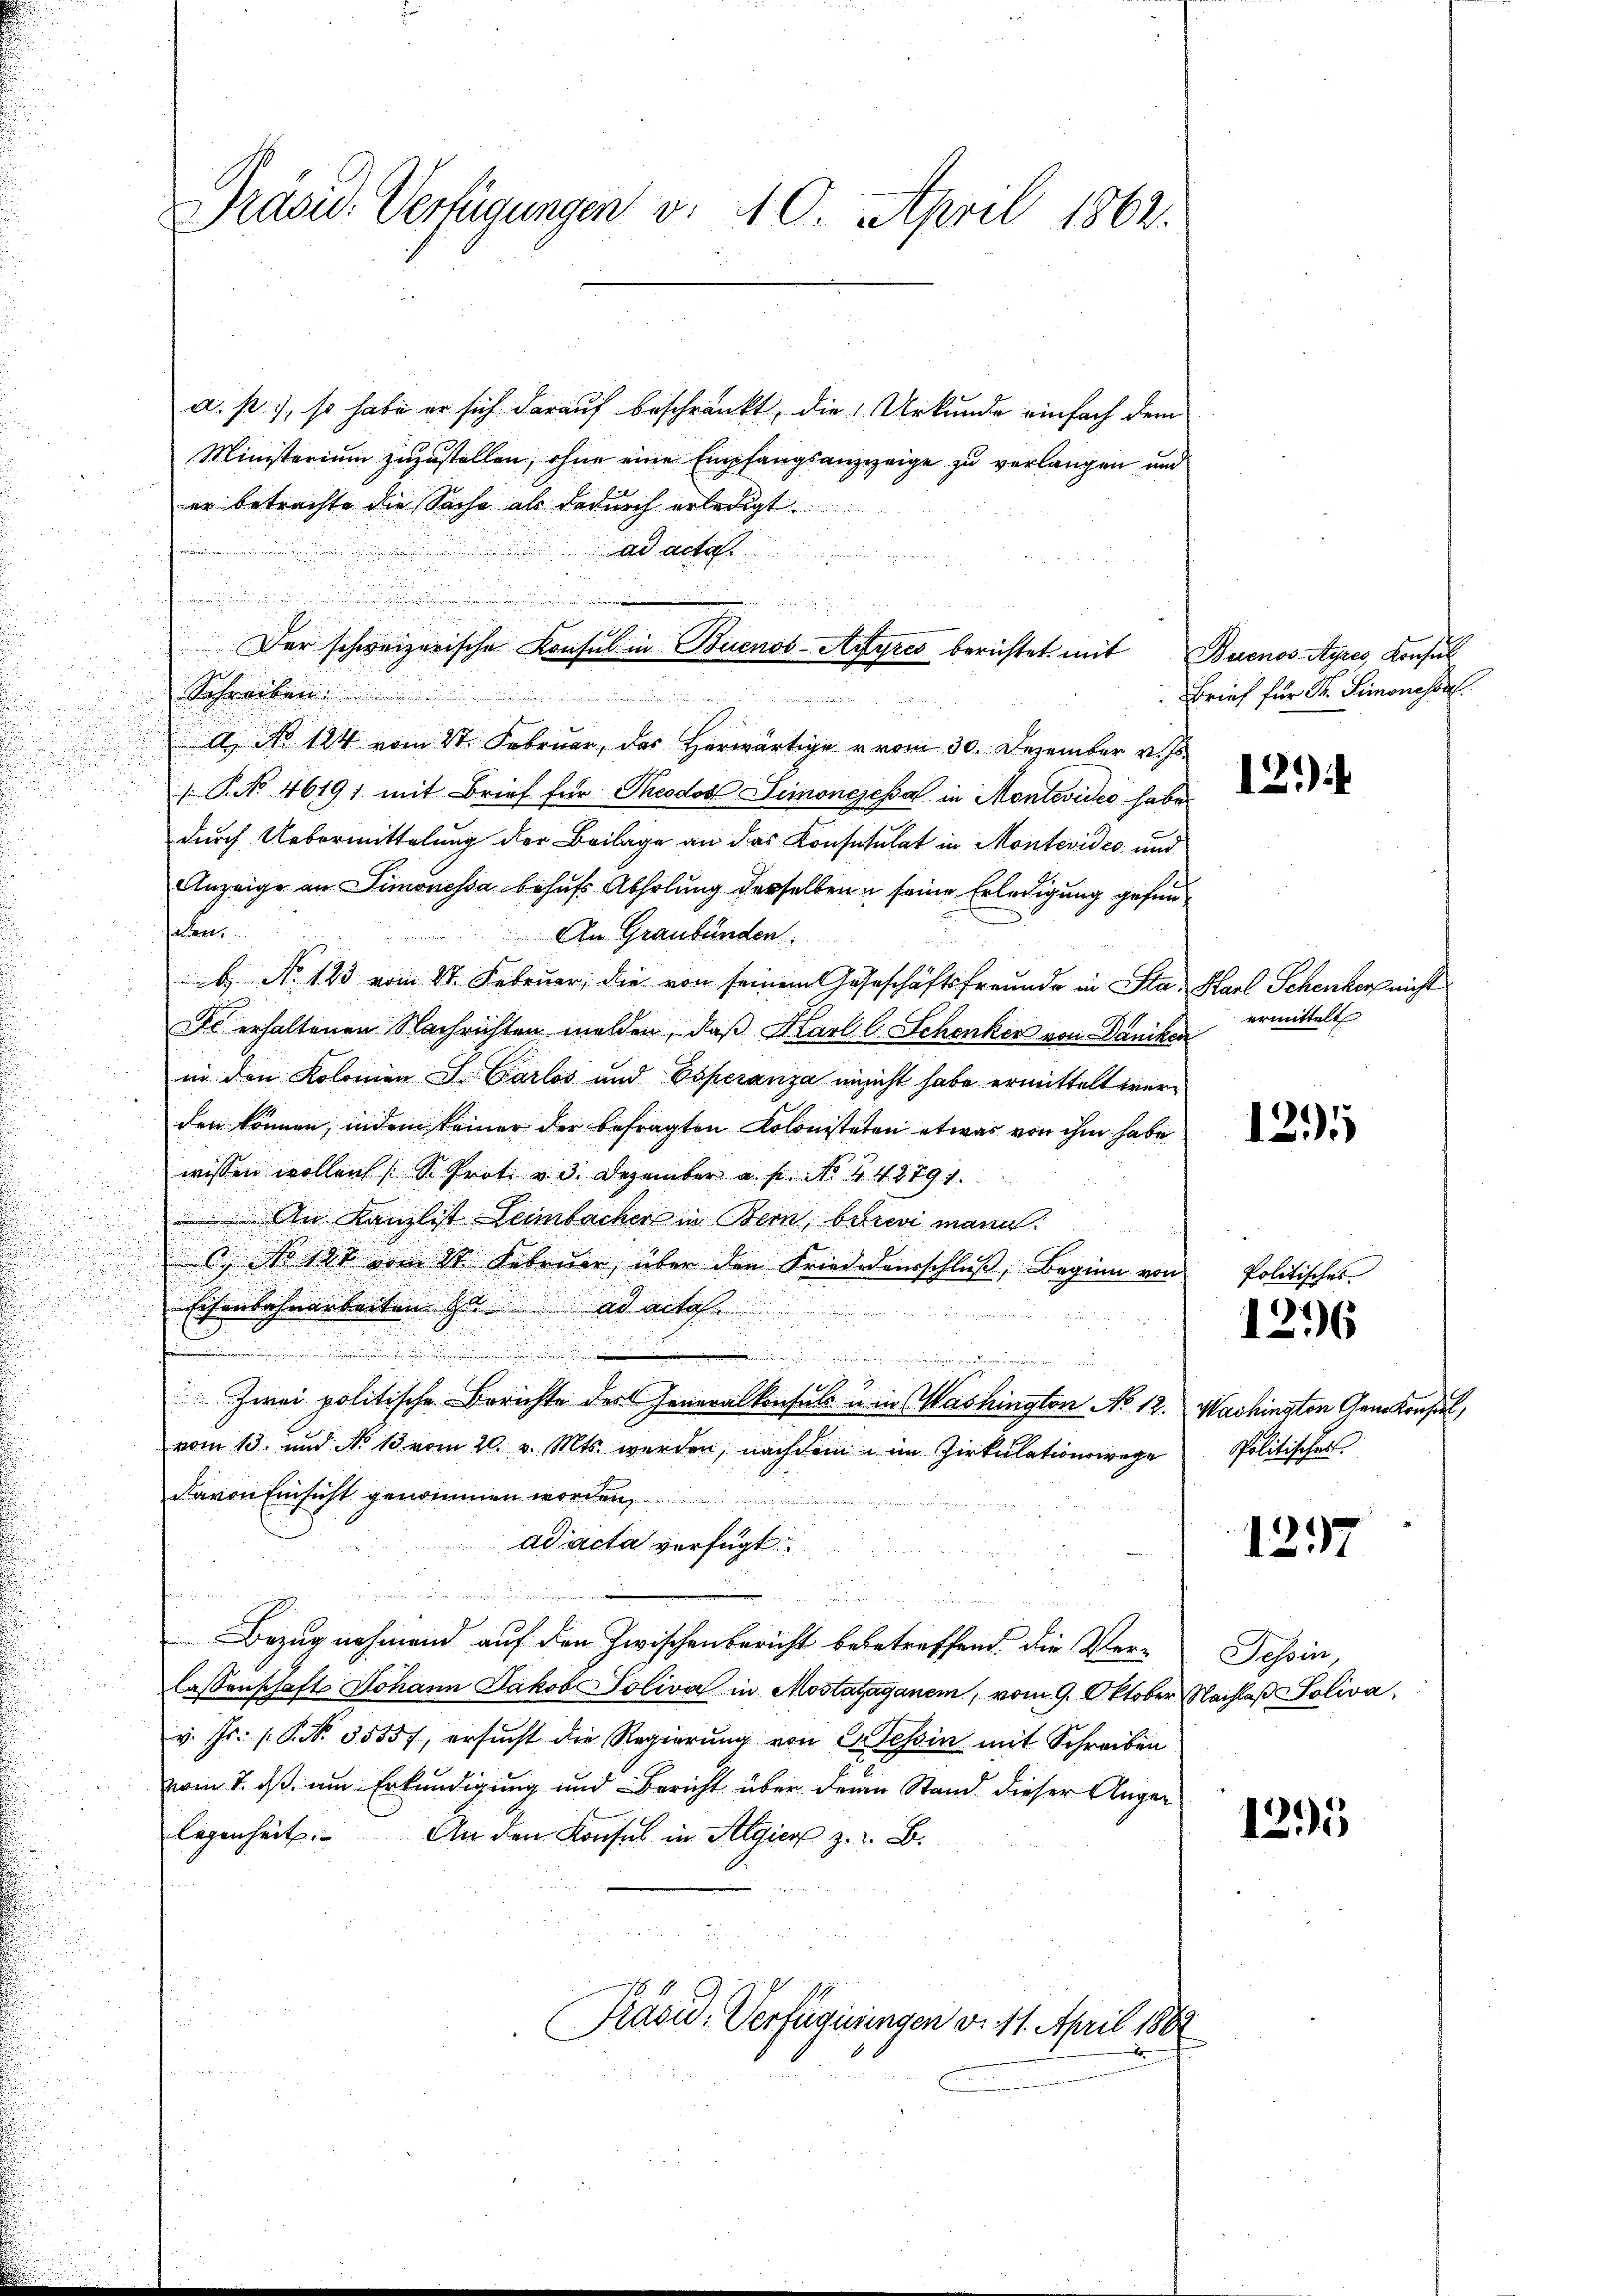
u

d

Präsid. Verfügungen v. 10. April 1862.

a. p.), so habe er sich darauf beschränkt, die Urkunde einfach dem
Ministerium zuzustellen, ohne eine Empfangsanzweige zu verlangen und
er betrachte die Sache als dadurch erledigt.
ad acta.
Schreiben
Klange eigen und
A No 124 vom 27. Februar, das Herwärtiger vom 30. Dezember v. Js.
 P. Nr. 46191 mit Brief für Theodos Simonischal in Montevideo habe
durch Uebermittelung der Beilage an das Konsusulat in Montevides und
Anzeige an Simonessa behufs Abholung desselben u seine Erledigung gefund

An Graubünden
b No. 123 vom 11. Februar, die von seinem Gaseschäftsfreunde in Sta-Karl Schenker nicht
Dc erhaltenen Nachrichten melden, daß Karl l Schenker von Dancken
in den Kolomon S. Carlos und Esperanza einicht habe ermittelt werden können, indem keiner der befragten Kolonisteten etwas von ihm habe
wissen wollen (S. Prote v. 3. Dezember a. p. No. 442791.
An Kanzlist Leimbacher in Bern, berevi mann.
s
u
c. No 122 vom 28. Februar, über den Friedigensschluß, Beginn von
n
Eisenbahnarbeiten zu ad actoh.

a
u
Zwei politische Berichte der Generalkonsuls u. in Washington No 12. Washington Gem. Konsul,
vom 13. und No 13 vom 20. v. Mts. werden, nachdem im Zirkulationswege
davon Einsicht genommen worden,
ad acta verfügt
u
Bezug nehmend auf den Zwischenbericht bebetreffend die Ver-
lassenschafts Johann Jakob Soliva in Mostazaganem, vom 9. Oktober Nachlaß Soliva,
v. Js. (T. No. 3555, ersucht die Regierung von Cessin mit Schreiben
vom 7. ds am Erkundigung und Bericht über denen Stand dieser Angelegenheit. An den Konsul in Algier z. B.
Präsid. Verfügungen d. 11. April 1862

Der schweizerische Konsul in Buenos-Ayres berichtet mit Buenos-Ayres, Konsul

Brief für Dr. Simonessel.

12.)

ermittelt

1295

Politisches

1296

Politisches.

1297

Tessin,

12.5